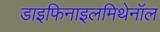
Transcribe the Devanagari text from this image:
डाइफिनाइलमिथेनॉल